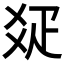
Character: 𤕟